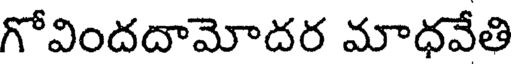
గోవిందదామోదర మాధవేతి